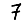
Digit: 7